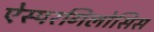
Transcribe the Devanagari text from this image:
ऐस्परगिलोसिस